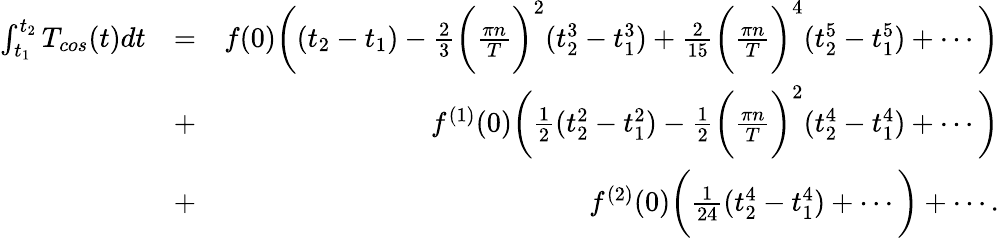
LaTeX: \begin{array}{rlr}{\int_{t_{1}}^{t_{2}}T_{cos}(t)dt}&{=}&{f(0)\bigg((t_{2}-t_{1})-\frac{2}{3}\bigg(\frac{\pi n}{T}\bigg)^{2}(t_{2}^{3}-t_{1}^{3})+\frac{2}{15}\bigg(\frac{\pi n}{T}\bigg)^{4}(t_{2}^{5}-t_{1}^{5})+\cdots\bigg)}\\ &{+}&{f^{(1)}(0)\bigg(\frac{1}{2}(t_{2}^{2}-t_{1}^{2})-\frac{1}{2}\bigg(\frac{\pi n}{T}\bigg)^{2}(t_{2}^{4}-t_{1}^{4})+\cdots\bigg)}\\ &{+}&{f^{(2)}(0)\bigg(\frac{1}{24}(t_{2}^{4}-t_{1}^{4})+\cdots\bigg)+\cdots.}\end{array}